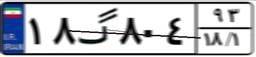
۱۸گ۸۰۴۹۳